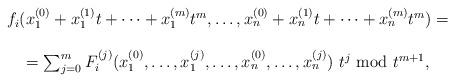
LaTeX: \begin{align*}\begin{array}{cc}f_i(x_1^{(0)}+x_1^{(1)}t+\cdots+x_1^{(m)}t^m,\ldots,x_n^{(0)}+x_n^{(1)}t+\cdots+x_n^{(m)}t^m)=\\\\=\sum_{j=0}^mF_i^{(j)}(x_1^{(0)},\ldots,x_1^{(j)},\ldots,x_n^{(0)},\ldots,x_n^{(j)})\ t^j\mbox{ mod }t^{m+1},\\\end{array}\end{align*}